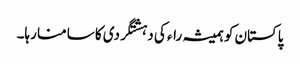
پاکستان کو ہمیشہ راء کی دہشتگردی کا سامنا رہا۔